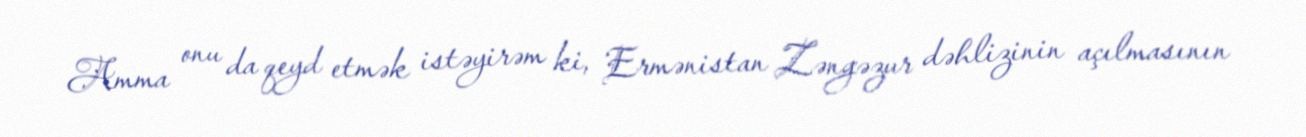
Amma onu da qeyd etmək istəyirəm ki, Ermənistan Zəngəzur dəhlizinin açılmasının